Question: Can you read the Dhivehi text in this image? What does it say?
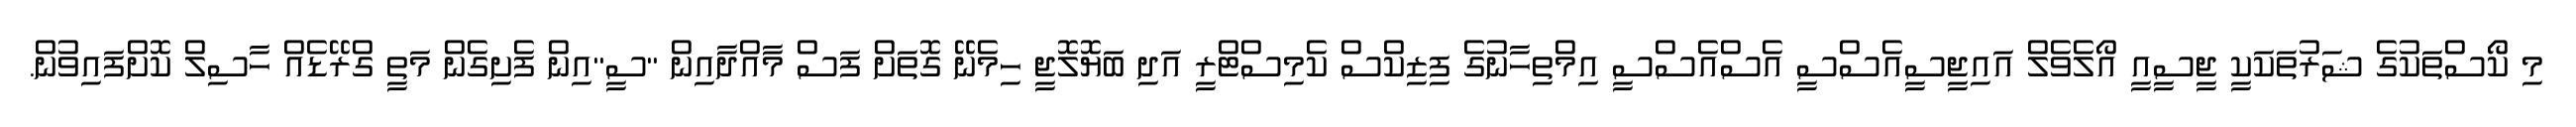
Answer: މި ކޯސްތަކުގެ ޝަރުތަކަކީ ޖީސީއީ އޯލެވެލް އައިޖީސީއެސްސީ އެސްއެސްސީ އިމްތިހާނުގެ ފިޒިކްސް ކެމިސްޓްރީ އަދި ބަޔޮލޮޖީ ހިމެނޭ ގޮތަށް ފަސް މާއްދާއިން "ސީ"އިން ފެށިގެން މަތީ ގްރޭޑެއް ހާސިލް ކޮށްފައިވުން.